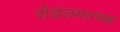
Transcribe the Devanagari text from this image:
रोडलगतच्या